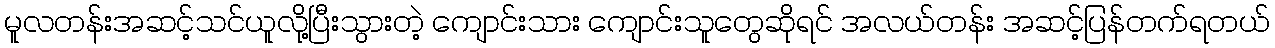
မူလတန်းအဆင့်သင်ယူလို့ပြီးသွားတဲ့ ကျောင်းသား ကျောင်းသူတွေဆိုရင် အလယ်တန်း အဆင့်ပြန်တက်ရတယ်